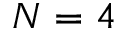
N = 4